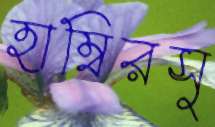
হাম্বিরসু